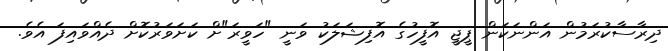
ދިރާސާކުރަމުން އަންނަކަން ޕީޖީ އޮފީހުގެ އޮފިޝަލަކު ވަނީ "ހަވީރަ"ށް ކަށަވަރުކޮށް ދެއްވައިފަ އެވެ.